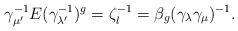
LaTeX: \begin{align*}\gamma_{\mu'}^{-1}E(\gamma_{\lambda'}^{-1})^g = \zeta_l^{-1} = \beta_g(\gamma_\lambda \gamma_\mu)^{-1}.\end{align*}